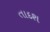
તાદશ